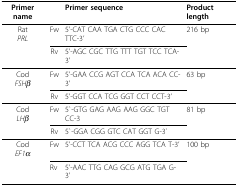
| Primer name |  | Primer sequence | Product length |
 | --- | --- | --- | --- |
 | RatPRL | Fw | 5'-CAT CAA TGA CTG CCC CAC TTC-3' | 216 bp |
 |  | Rv | 5'-AGC CGC TTG TTT TGT TCC TCA-3' |  |
 | CodFSHβ | Fw | 5'-GAA CCG AGT CCA TCA ACA CC-3' | 63 bp |
 |  | Rv | 5'-GGT CCA TCG GGT CCT CCT-3' |  |
 | CodLHβ | Fw | 5`-GTG GAG AAG AAG GGC TGT CC-3 | 81 bp |
 |  | Rv | 5`-GGA CGG GTC CAT GGT G-3` |  |
 | CodEF1α | Fw | 5'-CCT TCA ACG CCC AGG TCA T-3' | 100 bp |
 |  | Rv | 5'-AAC TTG CAG GCG ATG TGA G-3' |  |